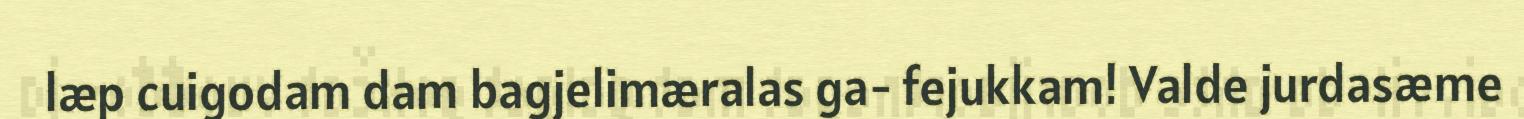
læp cuigodam dam bagjelimæralas ga- fejukkam! Valde jurdasæme